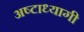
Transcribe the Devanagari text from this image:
अष्टाध्यागी